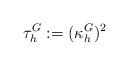
LaTeX: \begin{align*} \tau_h^G := (\kappa_h^G)^2\end{align*}